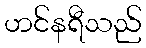
ဟင်နရီသည်